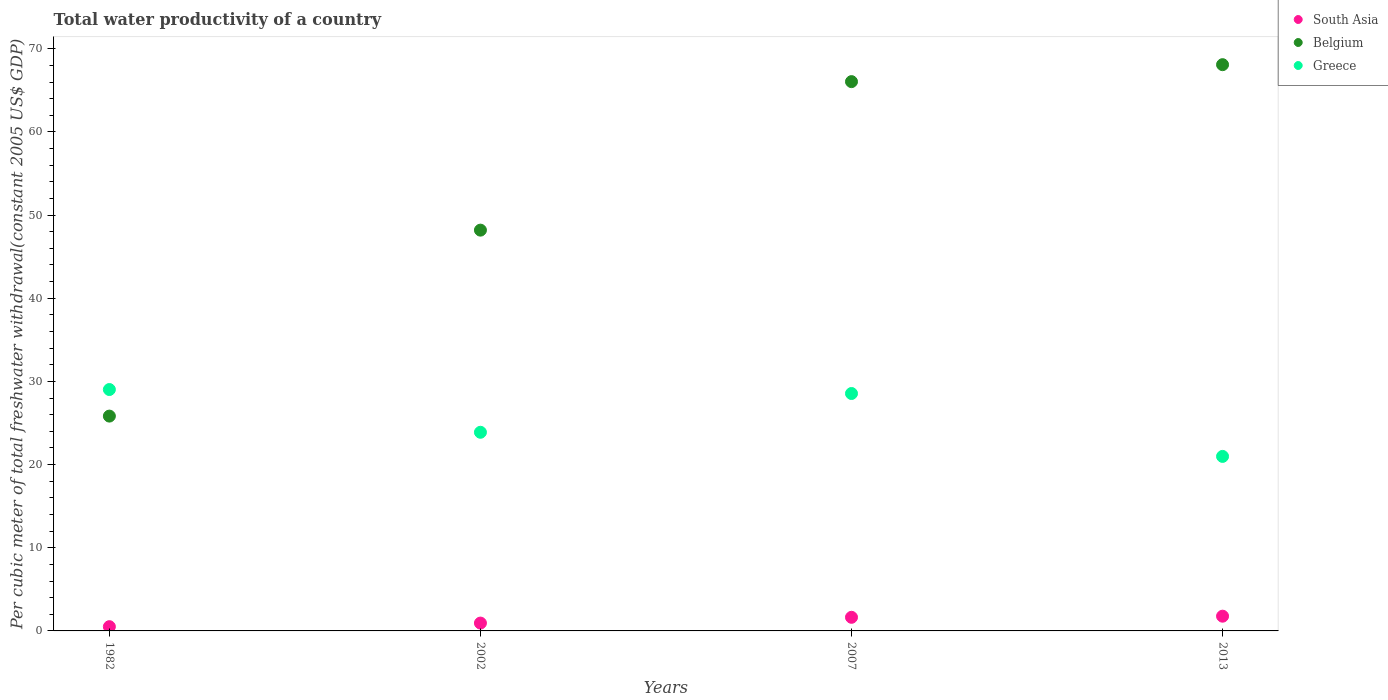
| Years | South Asia | Belgium | Greece |
 | --- | --- | --- | --- |
 | 1982 | 0.51 | 25.8 | 29 |
 | 2002 | 0.943 | 48.2 | 23.9 |
 | 2007 | 1.64 | 66 | 28.5 |
 | 2013 | 1.77 | 68.1 | 21 |